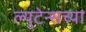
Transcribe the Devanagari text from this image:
ल्युटेन्सच्‍या